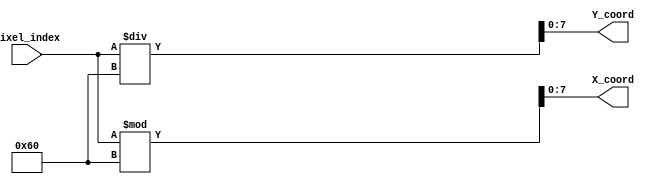
`timescale 1ns / 1ps
//////////////////////////////////////////////////////////////////////////////////
// Company: 
// Engineer: 
// 
// Design Name: 
// Module Name: indexToXY
// Project Name: 
// Target Devices: 
// Tool Versions: 
// Description: 
// 
// Dependencies: 
// 
// Revision:
// Revision 0.01 - File Created
// Additional Comments:
// 
//////////////////////////////////////////////////////////////////////////////////


module indexToXY(
    input [12:0] pixel_index,
    output [7:0] X_coord,
    output [7:0] Y_coord
    );
    
    assign Y_coord = pixel_index / 96;
    assign X_coord = pixel_index % 96;
    
endmodule